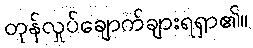
တုန်လှုပ်ချောက်ချားရရှာ၏။